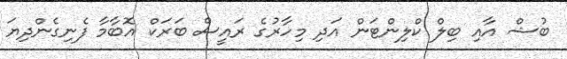
ބުޝް އާއި ބިލް ކްލިންޓަން އަދި މިހާރުގެ ރައީސް ބަރަކް އޮބާމާ ފެނިގެންދިޔަ